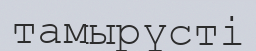
тамырүсті